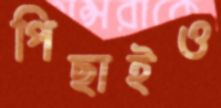
পিছাইও